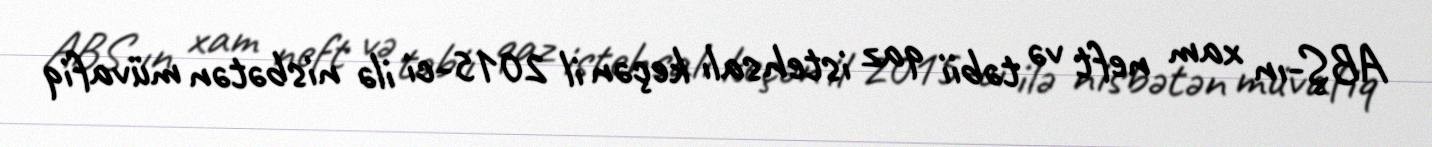
ABŞ-ın xam neft və təbii qaz istehsalı keçən il 2015-ci ilə nisbətən müvafiq